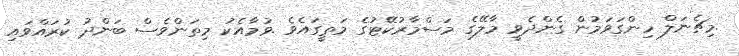
.މިޗެނަލް ހިންގަވަމުން ގެންދެވީ މާލޭގެ މަސްމާރުކޭޓުގެ މަތީގައެވެ .ވުމާއެކު މިތަންވެސް ބަންދު ކުރައްވައި